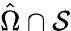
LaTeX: \hat{\Omega}\cap\cal S